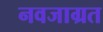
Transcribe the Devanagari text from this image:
नवजाग्रत